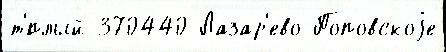
т'́плый 370440 Лазар'ево Поповскоjе